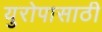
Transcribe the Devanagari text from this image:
युरोपासाठी